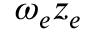
\omega _ { e } z _ { e }